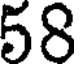
58